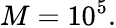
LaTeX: M=10^{5}.